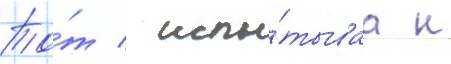
То́т / испы́тываа к